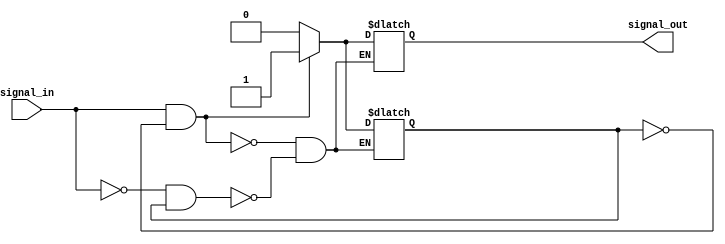
module schmitt_trigger_buffer(
    input wire signal_in,
    output reg signal_out
);

reg previous_state;

always @ (signal_in) begin
    if (signal_in && !previous_state) begin
        signal_out <= 1;
        previous_state <= 1;
    end else if (!signal_in && previous_state) begin
        signal_out <= 0;
        previous_state <= 0;
    end
end

endmodule